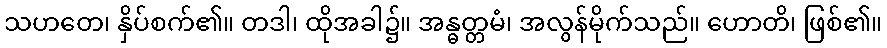
သဟတေ၊ နှိပ်စက်၏။ တဒါ၊ ထိုအခါ၌။ အန္ဓတ္တမံ၊ အလွန်မိုက်သည်။ ဟောတိ၊ ဖြစ်၏။